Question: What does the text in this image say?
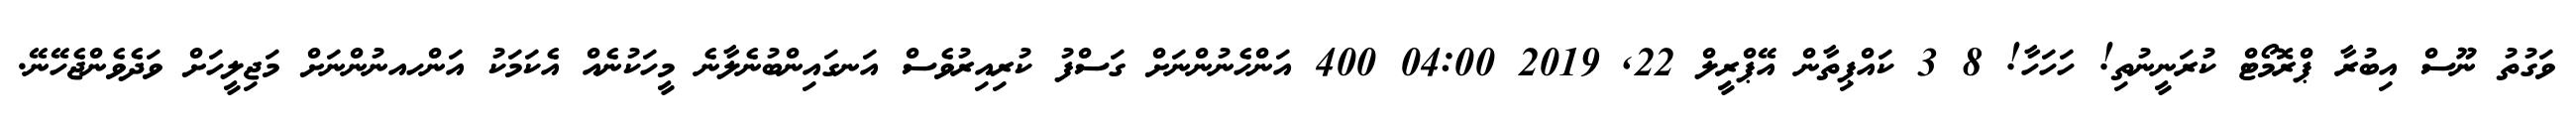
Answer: ވަގުތު ނޫސް އިބުރާ ޕްރޮމޯޓް ކުރަނީނުތި! ހަހަހާ! 8 3 ކައްޕިތާން އޭޕްރީލް 22, 2019 04:00 400 އަންހެނުންނަށް ގަސްފު ކުރިއިރުވެސް އަނގައިންބުނެލާނެ މީހަކުނެއް އެކަމަކު އަންހއނުންނަށް މަޖިލީހަށް ވަދެވެންޖެހޭނޭ.